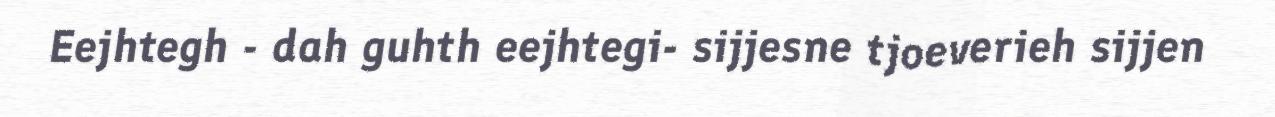
Eejhtegh - dah guhth eejhtegi- sijjesne tjoeverieh sijjen